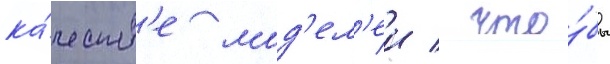
ка́честв'е мод'ел'еи / что́бы